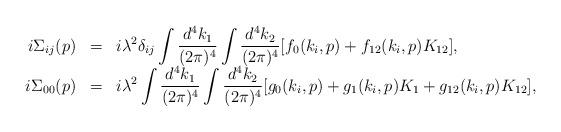
LaTeX: \begin{align*}\begin{array}{rcl}i\Sigma_{ij}(p)&=&\displaystyle i\lambda^2\delta_{ij}\int\frac{d^4k_1}{(2\pi)^4}\int\frac{d^4k_2}{(2\pi)^4}[f_0(k_i,p)+f_{12}(k_i,p)K_{12}],\\i\Sigma_{00}(p)&=&\displaystyle i\lambda^2\int\frac{d^4k_1}{(2\pi)^4}\int\frac{d^4k_2}{(2\pi)^4}[g_0(k_i,p)+g_1(k_i,p)K_1+g_{12}(k_i,p)K_{12}], \end{array}\end{align*}